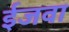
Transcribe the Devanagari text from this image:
ईजवा